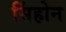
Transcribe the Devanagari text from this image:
सिंहोन